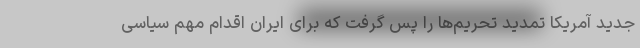
جدید آمریکا تمدید تحریم‌ها را پس گرفت که برای ایران اقدام مهم سیاسی